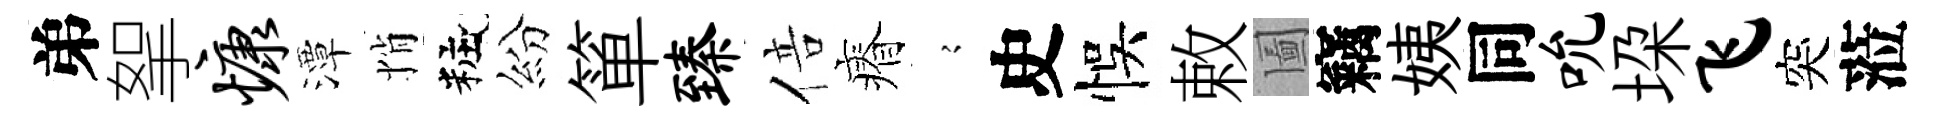
弟挐慷潭悄粧紛箪臻倍瘠𡪹史悞敕圗竊姨同吮垜飞突蒞